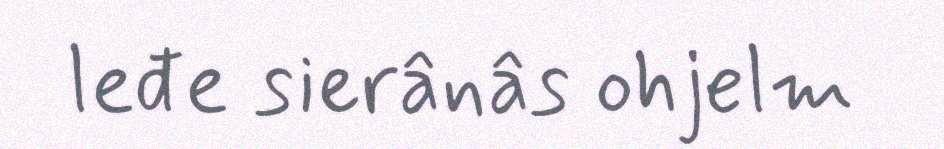
leđe sierânâs ohjelm